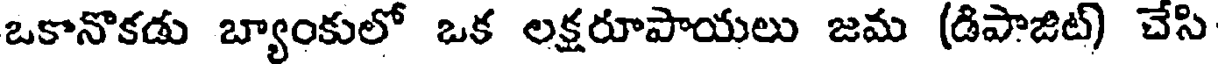
ఒకానొకడు బ్యాంకులో ఒక లక్షరూపాయలు జమ (డిపాజిట్) చేసి